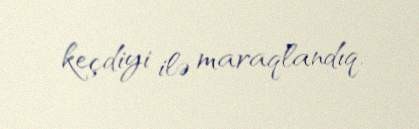
keçdiyi ilə maraqlandıq.